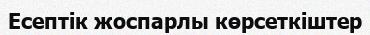
Есептік жоспарлы көрсеткіштер